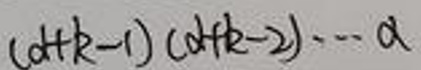
$(d + k - 1)(d + k - 2)\cdots d$